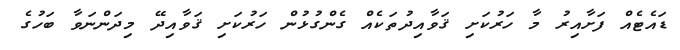
ޑައެޓެއް ފަށާއިރު މާ ހަރުކަށި ޤަވާއިދުތަކެއް ގެންގުޅުން ހަރުކަށި ޤަވާއިދޭ މިދަންނަވާ ބަހުގެ